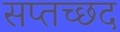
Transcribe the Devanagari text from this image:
सप्तच्छद